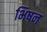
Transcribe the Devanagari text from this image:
भिषन